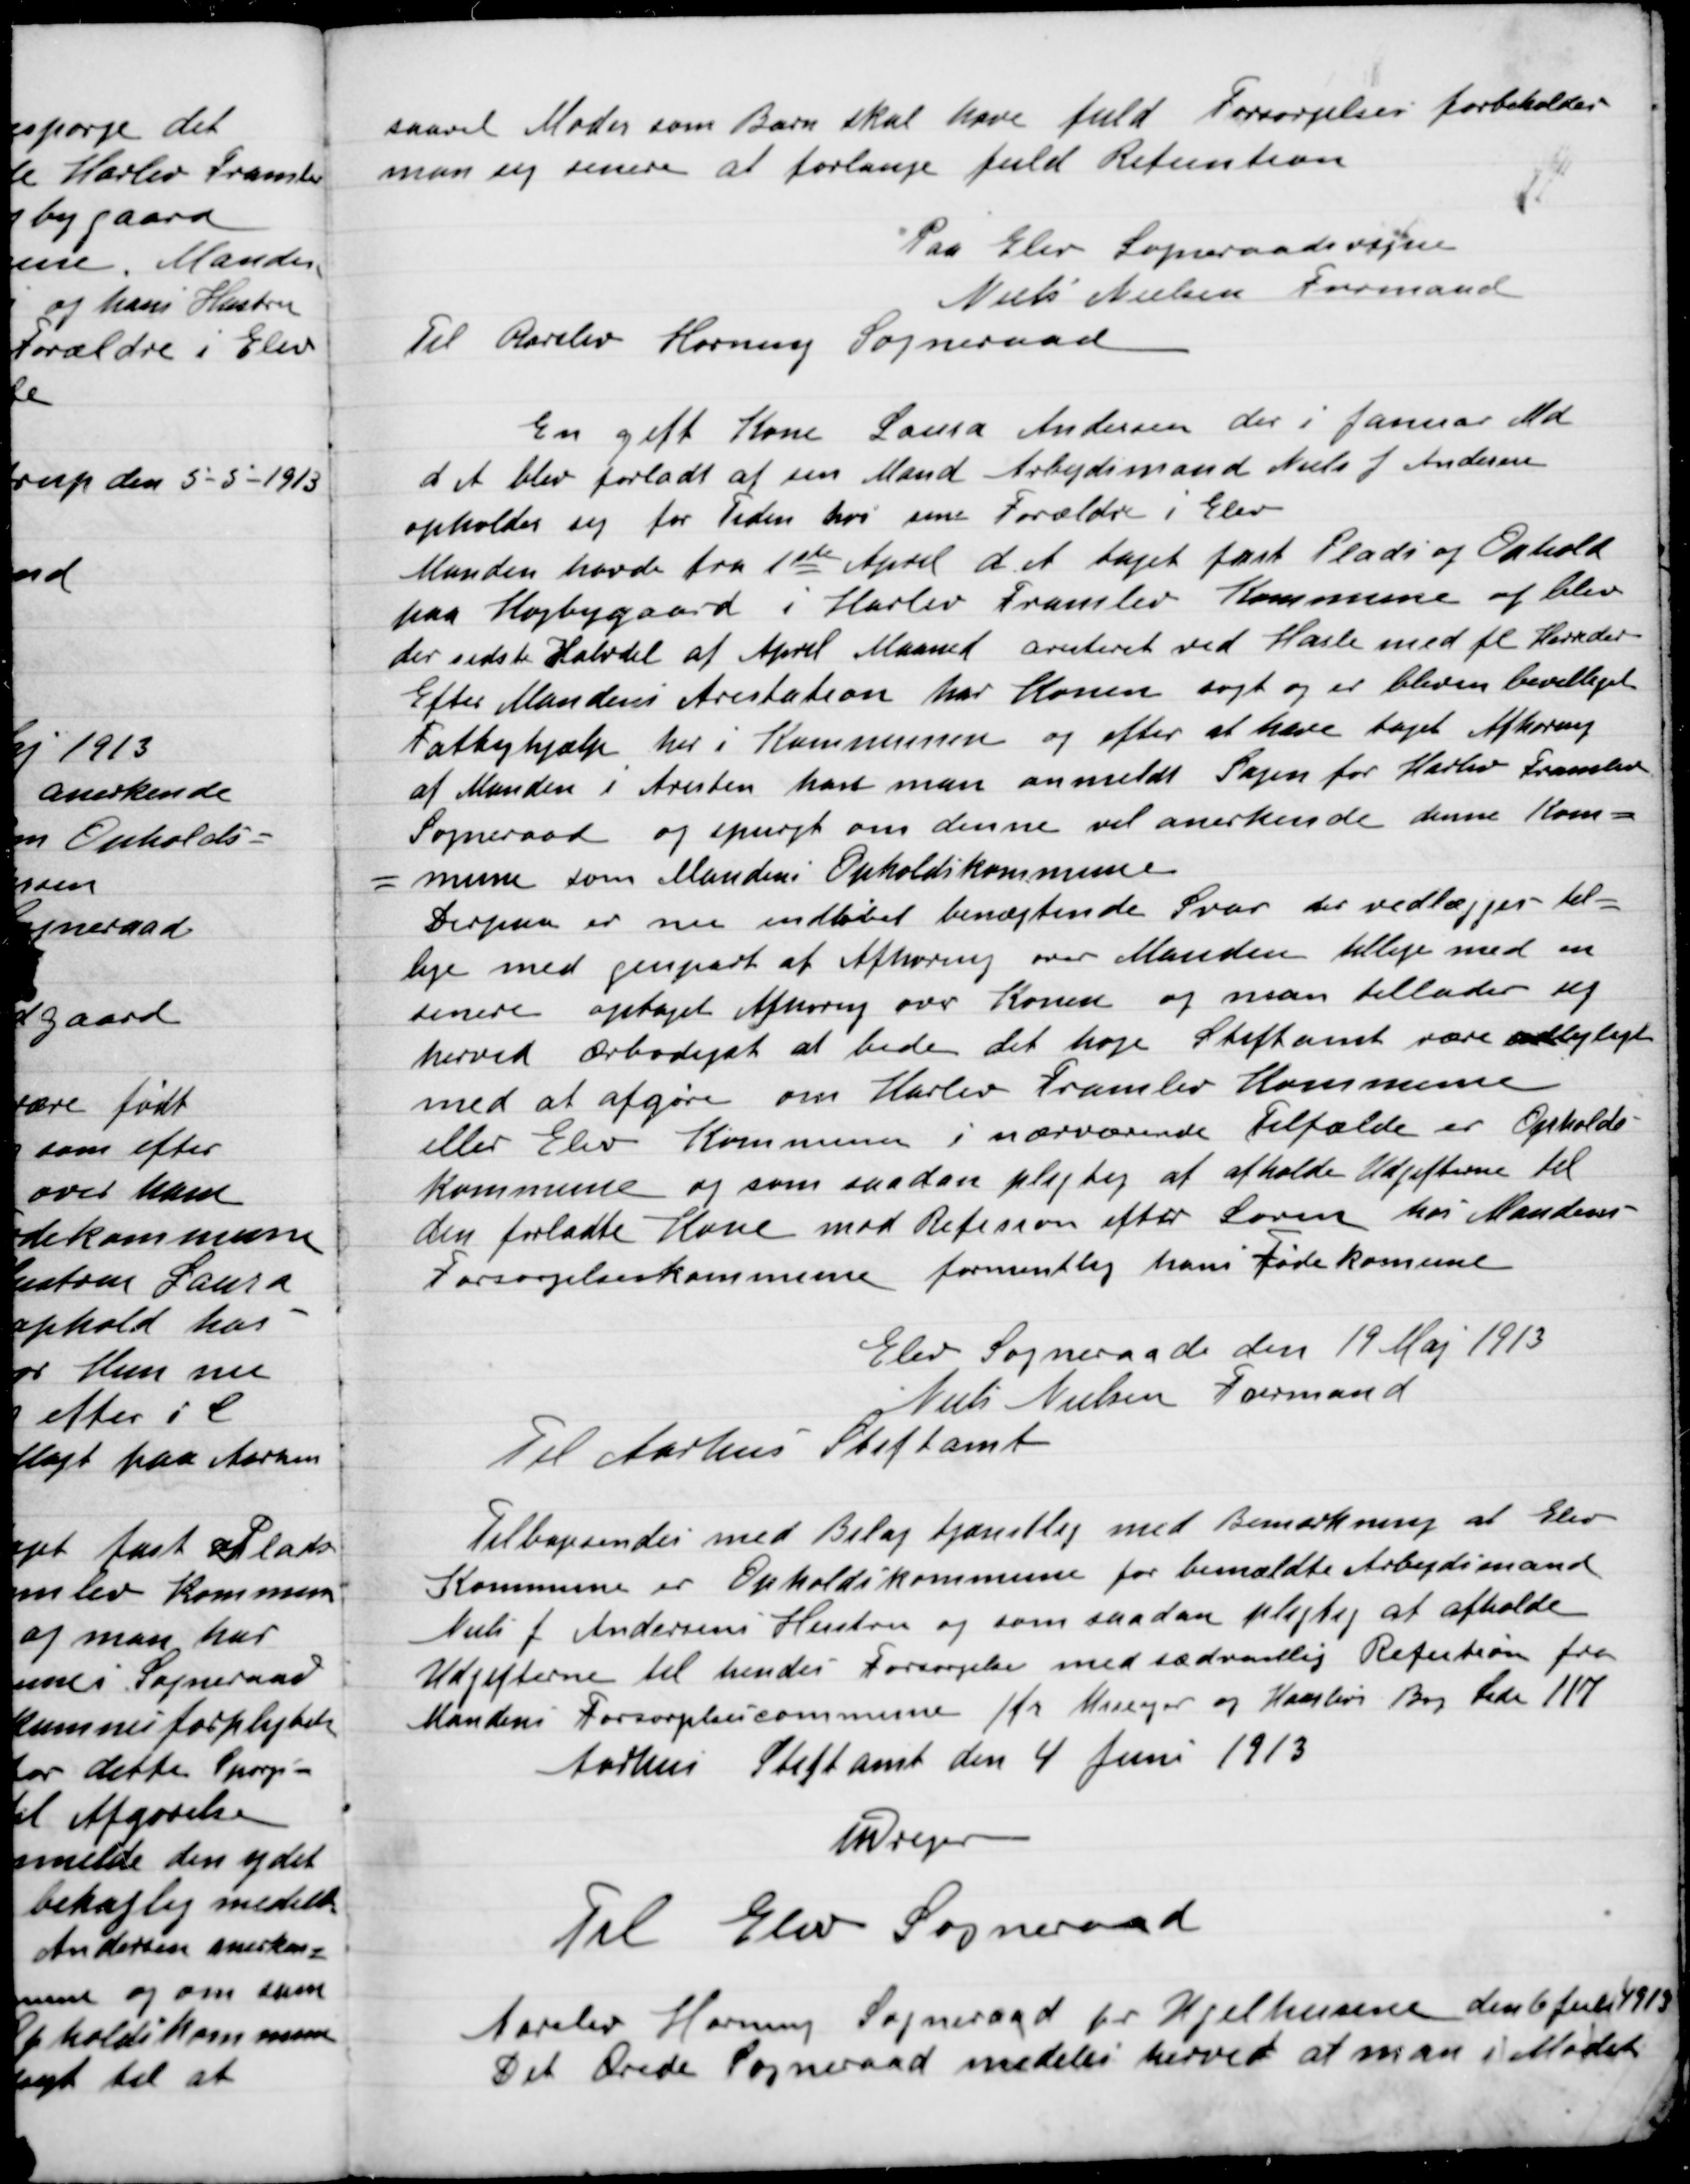
Transskription:
saavel Moder som Barn skal have fuld Forsørgelses forbeholder
man sig senere at forlange fuld Refusion.
Paa Elev Sogneraads vegne
Niels Nielsen Formand
Til Aarslev Hørning Sogneraad

En gift Kone Laura Andersen der i Januar Md.
d. A. blev forladt af en Mand Arbejdsmand Niels J. Andersen
opholdt sit for tiden hos sine Forældre i Elev
Manden havde fra 1ste April d. A. taget fast Plads og Ophold
paa Højbygaard i Harlev Framlev Kommune og blev
der sidste Halvdel af April Maaned arresteret ved Hasle med fl. Herreder
Efter Mandens Arestation har Konen søgt og er bleven bevilliget
Fattighjælp her i Kommunen og efter at have taget Afkrævning
af Manden i Aresten har man anmeldt Sagen for Harlev Framlev
Sogneraad og spurgt om denne vil anerkende denne Kom-
mune som Mandens Opholdskommune.
Derpaa er nu indløbet benægtende benægtende svar der vedlægges til-
lige med genpart af Afhøring over Manden tillige med en
senere optaget afhøring over Konen og man tillader sig
herved Ærbødigst at bede det høje Stiftsamt være belejligt
med at afgøre om Harlev Framlev Kommune
eller Elev Kommune i nærværende Tilfælde er Opholds-
kommune og som saadan pligtig at afholde Udgifterne til
den forladte Kone mod Refusion efter Loven hos Mandens
Forsørgelseskommune formentlig hans Fødekommune.
Elev Sogneraad den 19 Maj 1913
Niels Nielsen Formand
Til Aarhus Stiftsamt

Tilbagesendes med Bilag tjenstlig med Bemærkning at Elev
Kommune er Opholdskommune for bemeldte Arbejdsmand
Niels f. Andersens Hustru og som saadan pligtig at afholde
Udgifterne til hendes Forsørgelse med sædvanlig Refusion fra
Mandens Forsørgelseskommune Kr. Mariager og  Bog Side 117
Aarhus Stiftsamt den 4 Juni 1913
J Dreyer
Til Elev Sogneraad

Aarslev Hørning Sogneraad pr Kjelhusene den 6 juli 1913
Det Ærede Sogneraad meddeles herved at man i Mødet